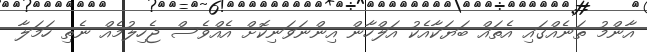
އާންމު ތަނެއްގައި އެތައް ބަޔަކާއެކު އަލްހާން އިންނަވަނިކޮށް އެއްވެސް ޖެހިލުމެއް ނެތި ހަމަލާ